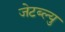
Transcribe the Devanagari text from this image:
जेटब्ल्यु